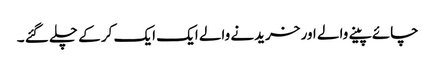
چائے پینے والے اور خریدنے والے ایک ایک کر کے چلے گئے ۔